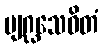
ဗျဂ္ဃသေဝိတံ